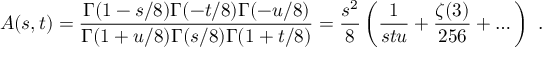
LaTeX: A ( s , t ) = \frac { \Gamma ( 1 - s / 8 ) \Gamma ( - t / 8 ) \Gamma ( - u / 8 ) } { \Gamma ( 1 + u / 8 ) \Gamma ( s / 8 ) \Gamma ( 1 + t / 8 ) } = \frac { s ^ { 2 } } { 8 } \left( \frac { 1 } { s t u } + \frac { \zeta ( 3 ) } { 2 5 6 } + \dots \right) \ .